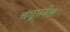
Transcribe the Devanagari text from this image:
चंचूप्रवेश